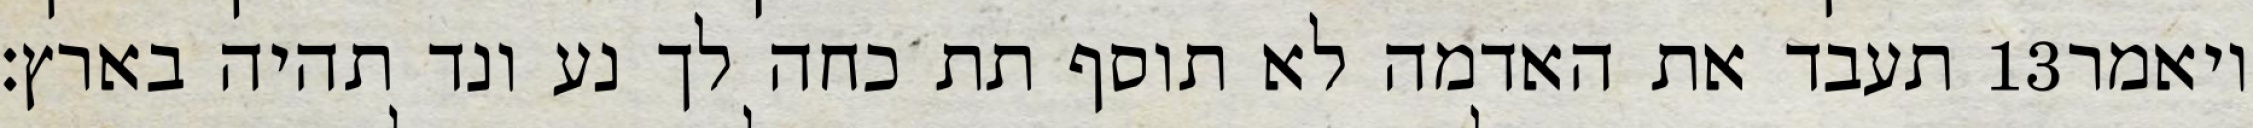
תעבד את האדמה לא תוסף תת כחה לך נע ונד תהיה בארץ׃ ‎13‏ ויאמר